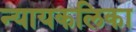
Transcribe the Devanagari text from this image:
न्यायकलिका